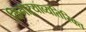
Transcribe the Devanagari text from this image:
किनाऱ्याव्यतिरिक्त